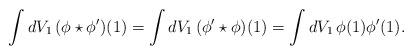
LaTeX: \begin{align*}\int dV_1\,(\phi\star\phi^\prime)(1)= \int dV_1\,(\phi^\prime\star\phi)(1)= \int dV_1\,\phi(1)\phi^\prime(1). \end{align*}